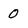
Character: 0